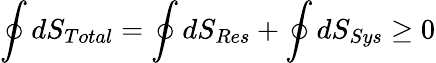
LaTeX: \oint dS_{Total}=\oint dS_{Res}+\oint dS_{Sys}\geq 0